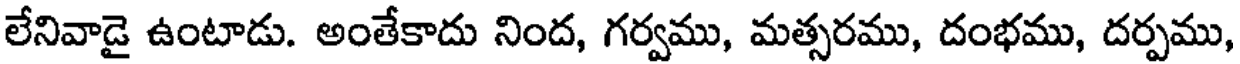
లేనివాడై ఉంటాడు. అంతేకాదు నింద, గర్వము, మత్సరము, దంభము, దర్పము,